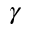
\gamma